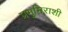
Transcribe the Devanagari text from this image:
प्रभुमिराशी